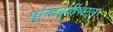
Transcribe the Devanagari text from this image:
मुक्तिपूर्वीपासून